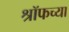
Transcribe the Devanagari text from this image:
श्रॉफच्या